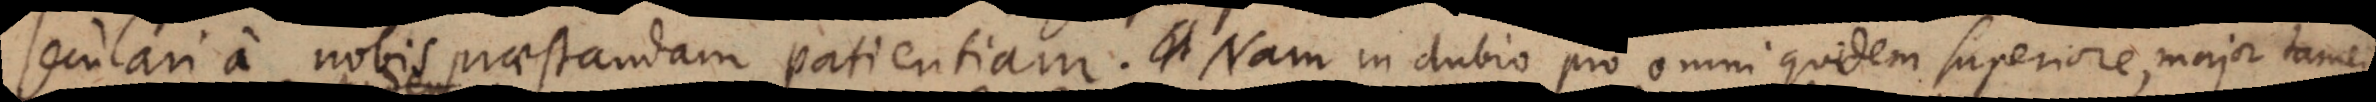
seculari a nobis praestandam patientiam. Nam in dubio pro omni quidem superiore, major tam